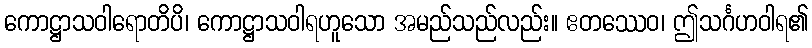
ကောဋ္ဌာသဝါရောတိပိ၊ ကောဋ္ဌာသဝါရဟူသော အမည်သည်လည်း။ ဧတဿေဝ၊ ဤသင်္ဂဟဝါရ၏